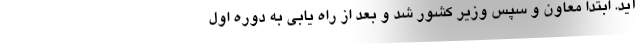
آید. ابتدا معاون و سپس وزیر کشور شد و بعد از راه یابی به دوره اول